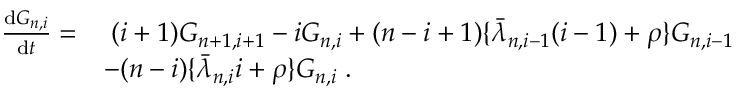
\begin{array} { r l } { \frac { \mathrm { d } G _ { n , i } } { \mathrm { d } t } = } & { \; ( i + 1 ) G _ { n + 1 , i + 1 } - i G _ { n , i } + ( n - i + 1 ) \lbrace \bar { \lambda } _ { n , i - 1 } ( i - 1 ) + \rho \rbrace G _ { n , i - 1 } } \\ & { - ( n - i ) \lbrace \bar { \lambda } _ { n , i } i + \rho \rbrace G _ { n , i } \; . } \end{array}